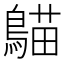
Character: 𪃞